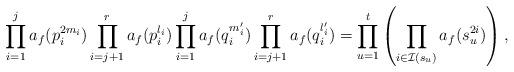
LaTeX: \begin{align*}\prod_{i=1}^j a_f(p_i^{2m_i})\prod_{i=j+1}^r a_f(p_i^{l_i})\prod_{i=1}^j a_f(q_i^{m_i'})\prod_{i=j+1}^r a_f(q_i^{l'_i}) = \prod_{u=1}^ t \left(\prod_{i \in \mathcal I(s_u)} a_f(s_u^{2i})\right),\end{align*}